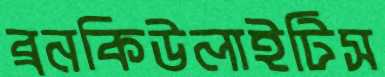
ব্রনকিউলাইটিস